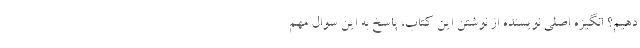
دهیم؟ انگیزه اصلی نویسنده از نوشتن این کتاب، پاسخ به این سوال مهم